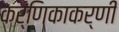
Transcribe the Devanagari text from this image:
कर्णिकाकर्णी